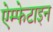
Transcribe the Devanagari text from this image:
ऐम्फेटाइन